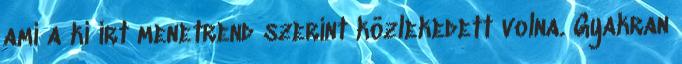
ami a ki írt menetrend szerint közlekedett volna. Gyakran